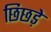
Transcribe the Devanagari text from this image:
छिछड़े